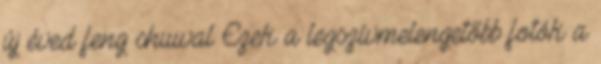
új éved feng shuival Ezek a legszívmelengetőbb fotók a